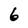
Character: 6